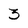
Character: 3